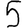
Digit: 5